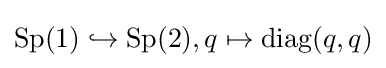
\operatorname {Sp} (1)\hookrightarrow \operatorname {Sp} (2),q\mapsto \operatorname {diag} (q,q)